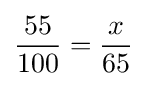
{\frac {55}{100}}={\frac {x}{65}}